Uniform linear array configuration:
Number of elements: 16
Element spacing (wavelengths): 1
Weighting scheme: hamming
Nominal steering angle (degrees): -30
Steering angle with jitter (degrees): -30.315
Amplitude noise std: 0.05
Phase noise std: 0.05

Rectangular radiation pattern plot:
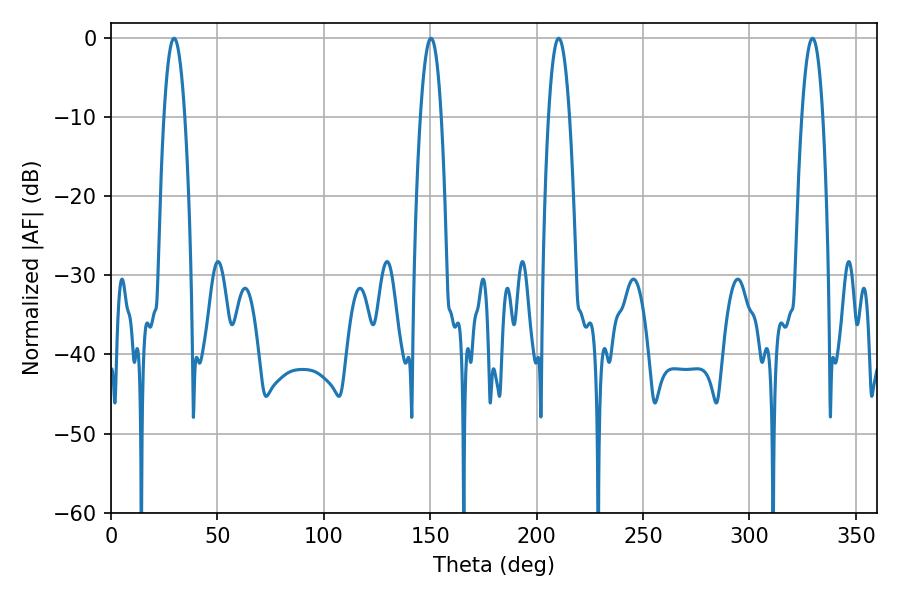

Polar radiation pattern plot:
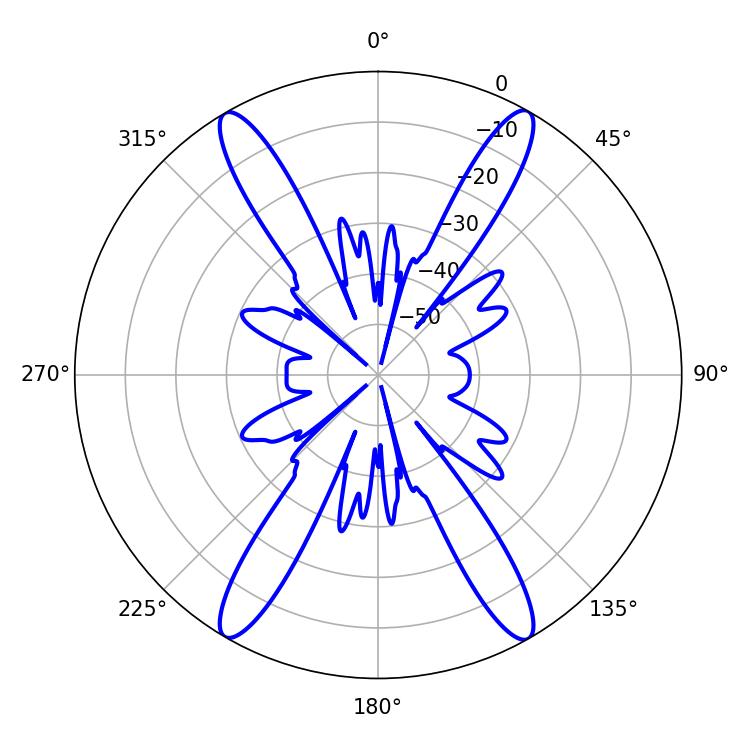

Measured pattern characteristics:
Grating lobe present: TRUE
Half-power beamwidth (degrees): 5.4
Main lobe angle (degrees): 210.42